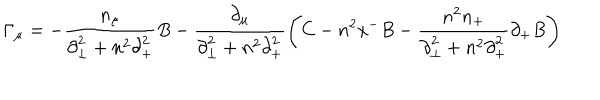
{ \Gamma } _ { \mu } = - \frac { n _ { \mu } } { { \partial } _ { \bot } ^ { 2 } + n ^ { 2 } { \partial } _ { + } ^ { 2 } } B - \frac { { \partial } _ { \mu } } { { \partial } _ { \bot } ^ { 2 } + n ^ { 2 } { \partial } _ { + } ^ { 2 } } \left( C - n ^ { 2 } x ^ { - } B - \frac { n ^ { 2 } n _ { + } } { { \partial } _ { \bot } ^ { 2 } + n ^ { 2 } { \partial } _ { + } ^ { 2 } } { \partial } _ { + } B \right)